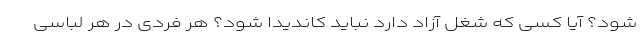
شود؟ آیا کسی که شغل آزاد دارد نباید کاندیدا شود؟ هر فردی در هر لباسی